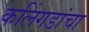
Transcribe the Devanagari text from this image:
कलिंगडांचा